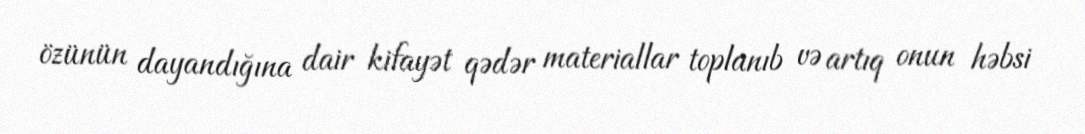
özünün dayandığına dair kifayət qədər materiallar toplanıb və artıq onun həbsi